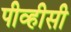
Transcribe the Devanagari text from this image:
पीव्हीसी